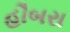
હૌબરા